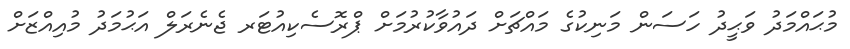
މުޙައްމަދު ވަޙީދު ހަސަން މަނިކުގެ މައްޗަށް ދައުވާކުރުމަށް ޕްރޮސެކިއުޓަރ ޖެނެރަލް އަޙުމަދު މުއިއްޒަށް